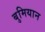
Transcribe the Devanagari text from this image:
बुमियान